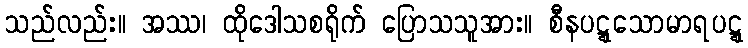
သည်လည်း။ အဿ၊ ထိုဒေါသစရိုက် ပြောသသူအား။ စီနပဋ္ဋသောမာရပဋ္ဋ